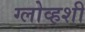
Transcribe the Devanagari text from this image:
ग्लोव्हशी